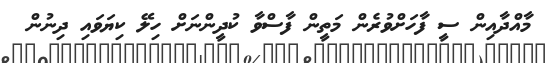
މާއްދާއިން ސީ ފާހަށްވުރެން މަތީން ފާސްވާ ކުދީންނަށް ހިލޭ ކިޔަވައި ދިނުން